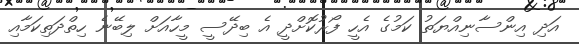
އަދި އިންސާނިއްޔަތު ކަމުގެ އެހީ ފޯރުކޮށްދީ އެ ބިދޭސީ މީހާއަށް ލިބޭނެ ހިތްދަތިކަމާއި